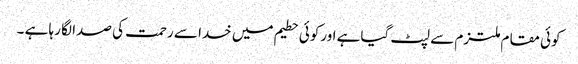
کوئی مقام ملتزم سے لپٹ گیاہے اورکوئی حطیم میں خدا سے رحمت کی صدا لگا رہا ہے ۔